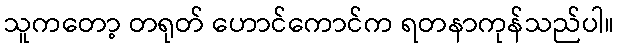
သူကတော့ တရုတ် ဟောင်ကောင်က ရတနာကုန်သည်ပါ။